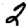
Digit: 2